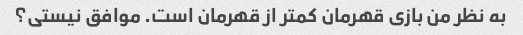
به نظر من بازی قهرمان کمتر از قهرمان است. موافق نیستی؟